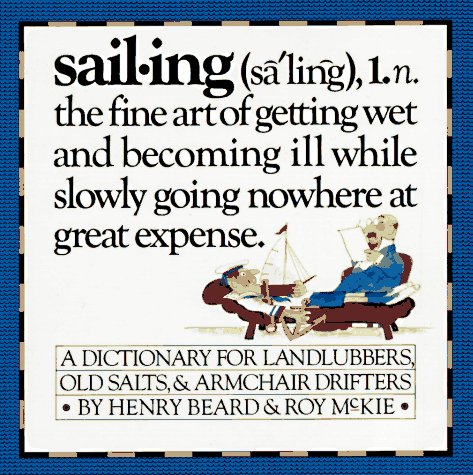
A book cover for Sailing - A Sailor's Dictionary - A Dictionary for Landlubbers, Old Salts, & Armchair Drifters; Henry Beard; Humor & Entertainment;